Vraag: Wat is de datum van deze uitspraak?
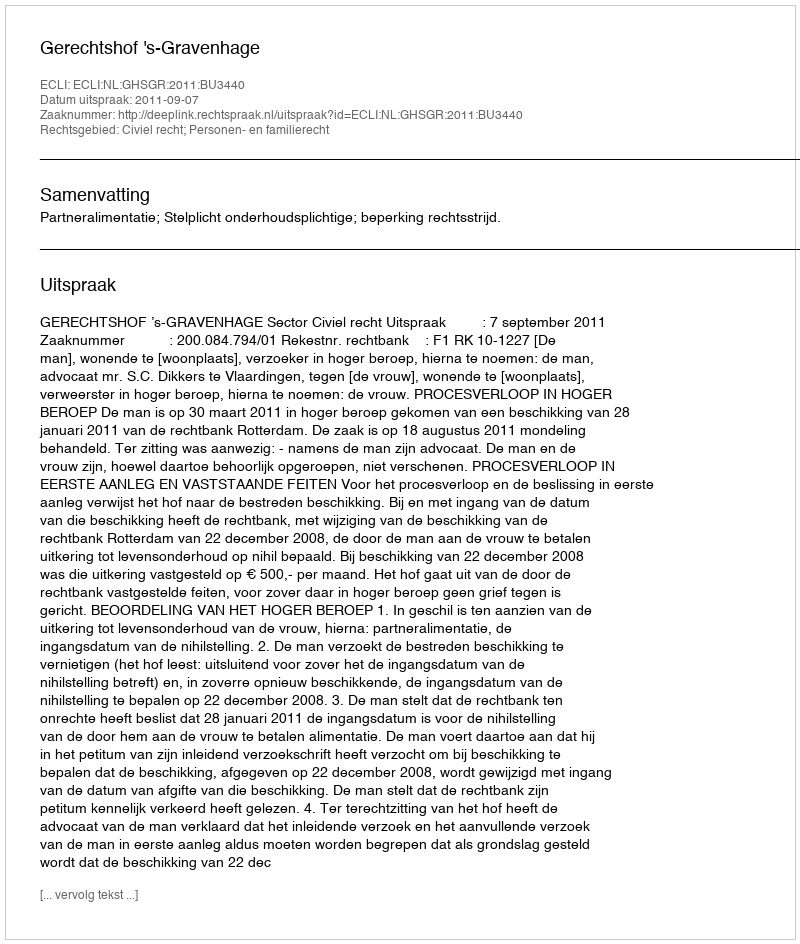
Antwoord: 2011-09-07